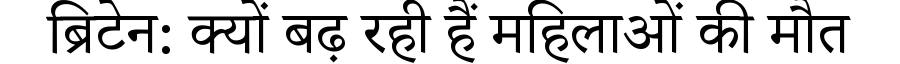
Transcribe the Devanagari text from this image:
ब्रिटेन: क्यों बढ़ रही हैं महिलाओं की मौत